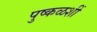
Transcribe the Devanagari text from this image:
पुष्कळशीं